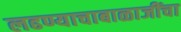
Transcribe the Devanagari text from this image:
लढण्याचाबाळाजींचा